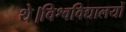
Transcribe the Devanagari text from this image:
थे।विश्वविद्यालयों